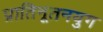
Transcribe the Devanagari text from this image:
प्रातिनूतनयुग